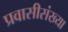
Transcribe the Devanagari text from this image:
प्रवासीसंख्या